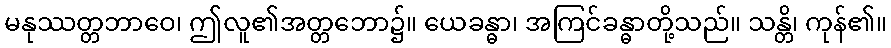
မနုဿတ္တဘာဝေ၊ ဤလူ၏အတ္တဘော၌။ ယေခန္ဓာ၊ အကြင်ခန္ဓာတို့သည်။ သန္တိ၊ ကုန်၏။